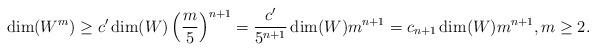
LaTeX: \begin{align*} \dim(W^m)\geq c'\dim(W) \left(\frac m5\right)^{n+1} =\frac{c'}{5^{n+1}}\dim(W) m^{n+1} =c_{n+1}\dim(W) m^{n+1}, m\geq 2. \end{align*}